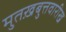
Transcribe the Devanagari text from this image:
मुतख़बुत्तवारीख